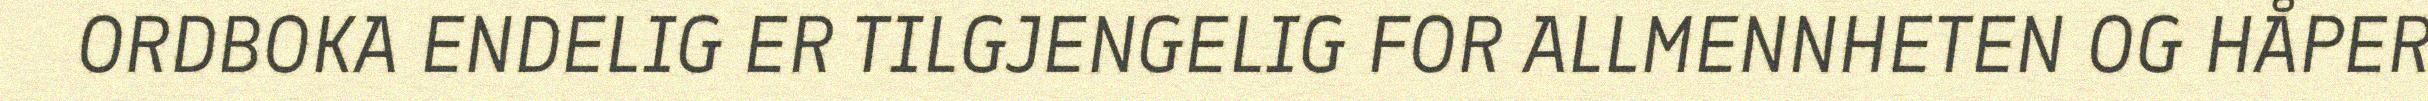
ORDBOKA ENDELIG ER TILGJENGELIG FOR ALLMENNHETEN OG HÅPER